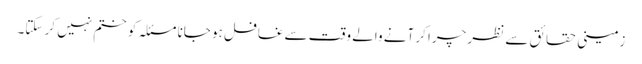
زمینی حقائق سے نظر چرا کر آنے والے وقت سے غافل ہو جانا مسئلہ کو ختم نہیں کر سکتا۔